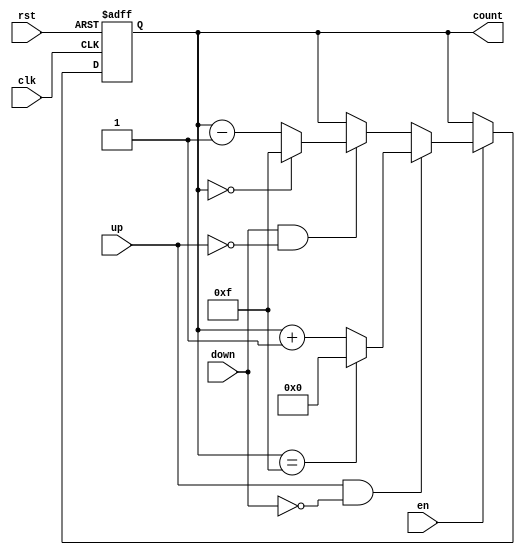
module binary_counter (
    input wire clk,       // Clock input
    input wire rst,       // Asynchronous reset
    input wire en,        // Enable signal
    input wire up,        // Up-count enable
    input wire down,      // Down-count enable
    output reg [3:0] count // 4-bit counter output (adjust size as needed)
);

    // Maximum count value for a 4-bit counter
    localparam MAX_COUNT = 4'b1111; // 15 in decimal
    localparam MIN_COUNT = 4'b0000; // 0 in decimal

    // Asynchronous reset and counting logic
    always @(posedge clk or posedge rst) begin
        if (rst) begin
            count <= MIN_COUNT; // Reset counter to 0
        end else if (en) begin
            if (up && !down) begin
                // Count up
                if (count == MAX_COUNT) begin
                    count <= MIN_COUNT; // Roll over to 0
                end else begin
                    count <= count + 1; // Increment counter
                end
            end else if (down && !up) begin
                // Count down
                if (count == MIN_COUNT) begin
                    count <= MAX_COUNT; // Roll over to max
                end else begin
                    count <= count - 1; // Decrement counter
                end
            end
        end
    end

endmodule